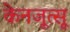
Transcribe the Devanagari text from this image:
केनजूत्सू